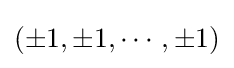
(\pm 1,\pm 1,\cdots ,\pm 1)